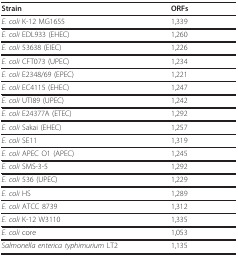
<table><thead><tr><td><b>Strain</b></td><td><b>ORFs</b></td></tr></thead><tbody><tr><td><i>E. coli </i>K-12 MG1655</td><td>1,339</td></tr><tr><td><i>E. coli </i>EDL933 (EHEC)</td><td>1,260</td></tr><tr><td><i>E. coli </i>53638 (EIEC)</td><td>1,226</td></tr><tr><td><i>E. coli </i>CFT073 (UPEC)</td><td>1,234</td></tr><tr><td><i>E. coli </i>E2348/69 (EPEC)</td><td>1,221</td></tr><tr><td><i>E. coli </i>EC4115 (EHEC)</td><td>1,247</td></tr><tr><td><i>E. coli </i>UTI89 (UPEC)</td><td>1,242</td></tr><tr><td><i>E. coli </i>E24377A (ETEC)</td><td>1,292</td></tr><tr><td><i>E. coli </i>Sakai (EHEC)</td><td>1,257</td></tr><tr><td><i>E. coli </i>SE11</td><td>1,319</td></tr><tr><td><i>E. coli </i>APEC O1 (APEC)</td><td>1,245</td></tr><tr><td><i>E. coli </i>SMS-3-5</td><td>1,292</td></tr><tr><td><i>E. coli </i>536 (UPEC)</td><td>1,229</td></tr><tr><td><i>E. coli </i>HS</td><td>1,289</td></tr><tr><td><i>E. coli </i>ATCC 8739</td><td>1,312</td></tr><tr><td><i>E. coli </i>K-12 W3110</td><td>1,335</td></tr><tr><td><i>E. coli </i>core</td><td>1,053</td></tr><tr><td><i>Salmonella enterica typhimurium </i>LT2</td><td>1,135</td></tr></tbody></table>